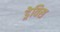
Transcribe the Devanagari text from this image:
ड्रेविस